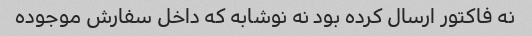
نه فاکتور ارسال کرده بود نه نوشابه که داخل سفارش موجوده